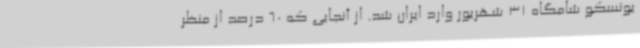
یونسکو شامگاه 31 شهریور وارد ایران شد. از آنجایی که 60 درصد از منظر